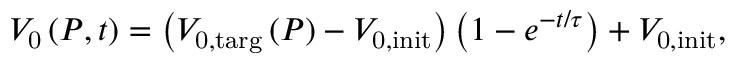
V _ { \mathrm { 0 } } \left( P , t \right) = \left( V _ { \mathrm { 0 , t a r g } } \left( P \right) - V _ { \mathrm { 0 , i n i t } } \right) \left( 1 - e ^ { - t / \tau } \right) + V _ { \mathrm { 0 , i n i t } } ,